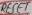
Text: RESET